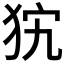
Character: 𤝨